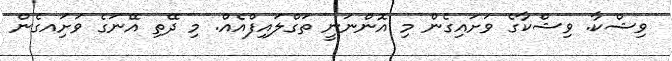
ވިޝްކާ. ވިޝްކާގެ ވަށައިގެން މި އޮންނަނީ ތަގްލައިފްއެއް. މި ދޭތި އޭނަގެ ވަށަިއގެން